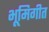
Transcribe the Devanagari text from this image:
भूमिगीत